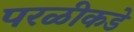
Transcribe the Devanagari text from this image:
परळीकडे